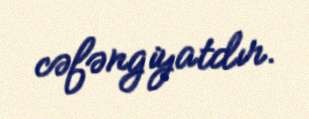
cəfəngiyatdır.